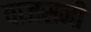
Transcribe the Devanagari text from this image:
वाजसनी